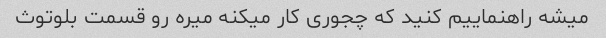
میشه راهنماییم کنید که چجوری کار میکنه میره رو قسمت بلوتوث